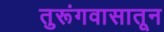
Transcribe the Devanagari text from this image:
तुरूंगवासातून